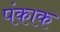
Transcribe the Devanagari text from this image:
पंकाक